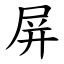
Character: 屏